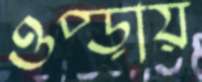
ওপ্‌ড়ায়